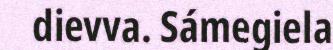
dievva. Sámegiela